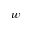
w